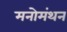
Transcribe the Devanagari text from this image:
मनोमंथन